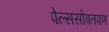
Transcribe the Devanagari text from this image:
पेल्ससोबतपण